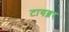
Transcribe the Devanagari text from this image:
टायब्नर